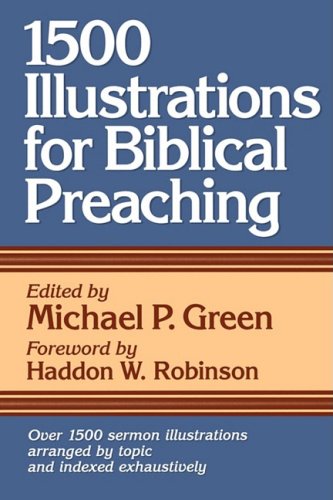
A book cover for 1500 Illustrations for Biblical Preaching; Christian Books & Bibles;